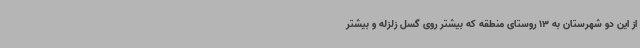
از این دو شهرستان به 13 روستای منطقه که بیشتر روی گسل زلزله و بیشتر